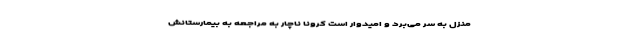
منزل به سر می‌برد و امیدوار است کرونا ناچار به مراجعه به بیمارستانش